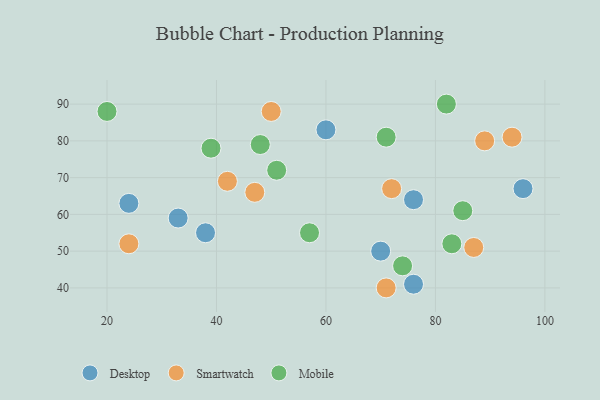
{"axis": {"x": "GDP", "y": "Life Expectancy"}, "legend": ["Desktop", "Mobile", "Smartwatch"], "data": [{"x": "76", "y": 64, "type": "Desktop"}, {"x": "60", "y": 83, "type": "Desktop"}, {"x": "24", "y": 63, "type": "Desktop"}, {"x": "38", "y": 55, "type": "Desktop"}, {"x": "33", "y": 59, "type": "Desktop"}, {"x": "70", "y": 50, "type": "Desktop"}, {"x": "76", "y": 41, "type": "Desktop"}, {"x": "96", "y": 67, "type": "Desktop"}, {"x": "42", "y": 69, "type": "Smartwatch"}, {"x": "87", "y": 51, "type": "Smartwatch"}, {"x": "71", "y": 40, "type": "Smartwatch"}, {"x": "89", "y": 80, "type": "Smartwatch"}, {"x": "72", "y": 67, "type": "Smartwatch"}, {"x": "47", "y": 66, "type": "Smartwatch"}, {"x": "94", "y": 81, "type": "Smartwatch"}, {"x": "24", "y": 52, "type": "Smartwatch"}, {"x": "50", "y": 88, "type": "Smartwatch"}, {"x": "85", "y": 61, "type": "Mobile"}, {"x": "51", "y": 72, "type": "Mobile"}, {"x": "20", "y": 88, "type": "Mobile"}, {"x": "48", "y": 79, "type": "Mobile"}, {"x": "74", "y": 46, "type": "Mobile"}, {"x": "83", "y": 52, "type": "Mobile"}, {"x": "39", "y": 78, "type": "Mobile"}, {"x": "57", "y": 55, "type": "Mobile"}, {"x": "82", "y": 90, "type": "Mobile"}, {"x": "71", "y": 81, "type": "Mobile"}]}